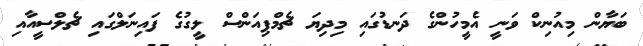
ބަޔާން މިއުނިކް ވަނީ އެމީހުންގެ ދަނޑުގައި މިދިޔަ ޗެމްޕިއަންސް ލީގުގެ ފައިނަލްގައި ޗެލްސީއާއި